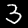
Digit: 3